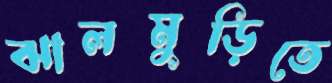
ঝালমুড়িতে